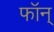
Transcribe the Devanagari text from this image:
फॉन्